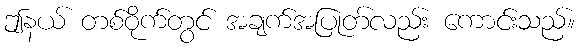
ဤနယ် တစ်ဝိုက်တွင် အချက်အပြုတ်လည်း ကောင်းသည်။